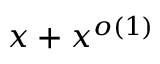
x + x ^ { o ( 1 ) }